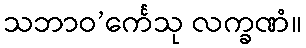
သဘာဝ’င်္ကေသု လက္ခဏံ။